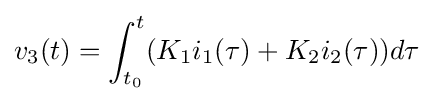
v_{3}(t)=\int _{t_{0}}^{t}(K_{1}i_{1}(\tau )+K_{2}i_{2}(\tau ))d\tau